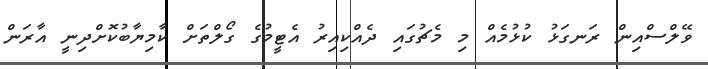
ވޭލްސްއިން ރަނގަޅު ކުޅުމެއް މި މެޗުގައި ދެއްކިއިރު އެޓީމުގެ ގޯލްތަށް ކާމިޔާބުކޮށްދިނީ އާރަން